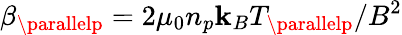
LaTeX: \beta_{\parallelp}=2\mu_{0}n_{p}\mathbf{k}_{B}T_{\parallelp}/B^{2}